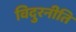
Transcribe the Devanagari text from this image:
विदुरनीति